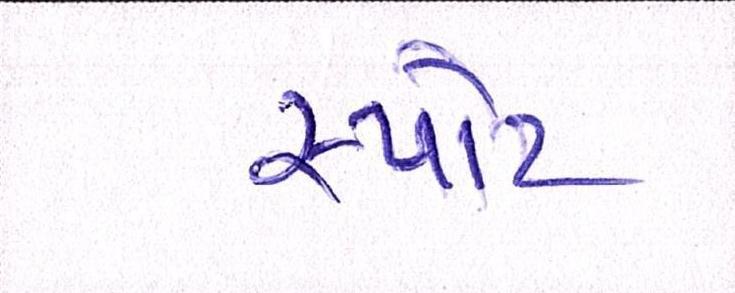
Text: સ્પોટ